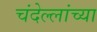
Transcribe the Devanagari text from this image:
चंदेल्लांच्या